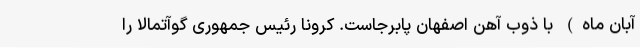
آبان ماه) با ذوب آهن اصفهان پابرجاست. کرونا رئیس جمهوری گوآتمالا را